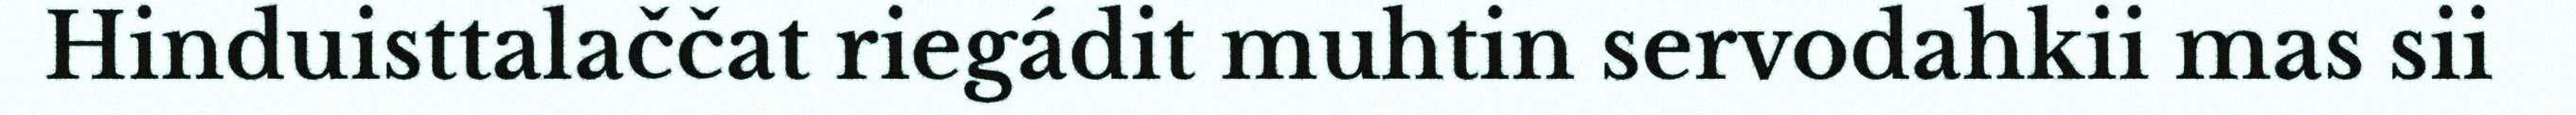
Hinduisttalaččat riegádit muhtin servodahkii mas sii